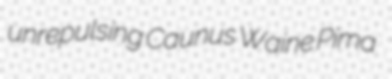
unrepulsing Caunus Waine Pima